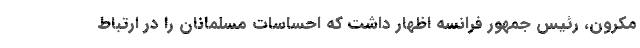
مکرون، رئیس جمهور فرانسه اظهار داشت که احساسات مسلمانان را در ارتباط